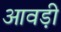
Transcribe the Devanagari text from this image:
आवड़ी